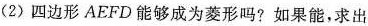
(2)四边形AEFD能够成为菱形吗?如果能，求出